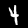
Digit: 4